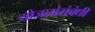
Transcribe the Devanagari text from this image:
योजनांसंबंधी